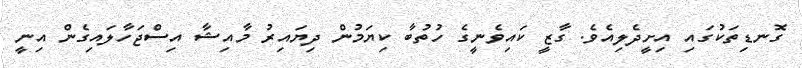
ގޮނޑިތަކުގައި އިށީދެލިއެވެ. ގާޒީ ކައިވެނީގެ ހުތުބާ ކިޔަމުން ދިޔައިރު މާއިޝާ އިސްޖަހާލައިގެން އިނީ